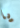
يا